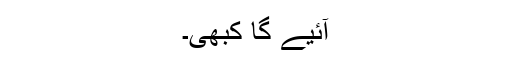
آئیے گا کبھی۔